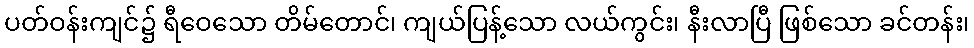
ပတ်ဝန်းကျင်၌ ရီဝေသော တိမ်တောင်၊ ကျယ်ပြန့်သော လယ်ကွင်း၊ နီးလာပြီ ဖြစ်သော ခင်တန်း၊